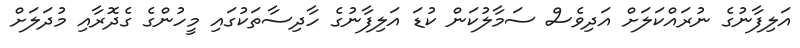
އަލިފާނުގެ ނުރައްކަލަށް އަދިވެސް ސަމާލުކަން ކުޑަ އަލިފާނުގެ ހާދިސާތަކުގައި މީހުންގެ ގެދޮރާއި މުދަލަށް